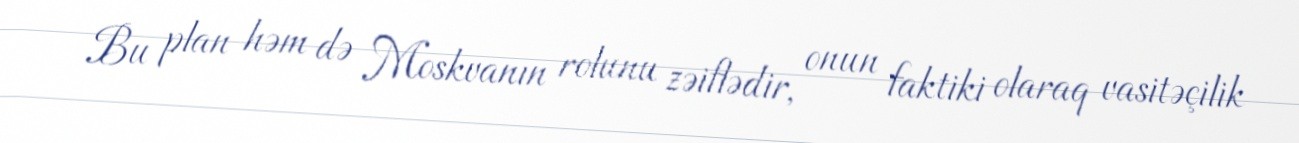
Bu plan həm də Moskvanın rolunu zəiflədir, onun faktiki olaraq vasitəçilik